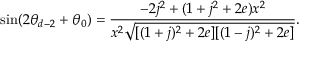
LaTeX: \sin ( 2 \theta _ { d - 2 } + \theta _ { 0 } ) = \frac { - 2 j ^ { 2 } + ( 1 + j ^ { 2 } + 2 e ) x ^ { 2 } } { x ^ { 2 } \sqrt { [ ( 1 + j ) ^ { 2 } + 2 e ] [ ( 1 - j ) ^ { 2 } + 2 e ] } } .